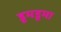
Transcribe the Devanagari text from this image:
डूमडूमा